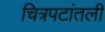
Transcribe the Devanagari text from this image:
चित्रपटांतली